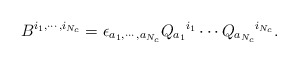
\begin{align*}B^{i_1, \cdots, i_{N_c}}=\epsilon_{a_1,\cdots, a_{N_c}} Q_{a_1}{}^{i_1} \cdots Q_{a_{N_c}}{}^{i_{N_c}} .\end{align*}